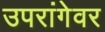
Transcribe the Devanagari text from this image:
उपरांगेवर